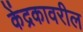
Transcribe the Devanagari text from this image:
केंद्रकावरील